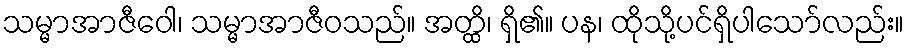
သမ္မာအာဇီဝေါ၊ သမ္မာအာဇီဝသည်။ အတ္ထိ၊ ရှိ၏။ ပန၊ ထိုသို့ပင်ရှိပါသော်လည်း။